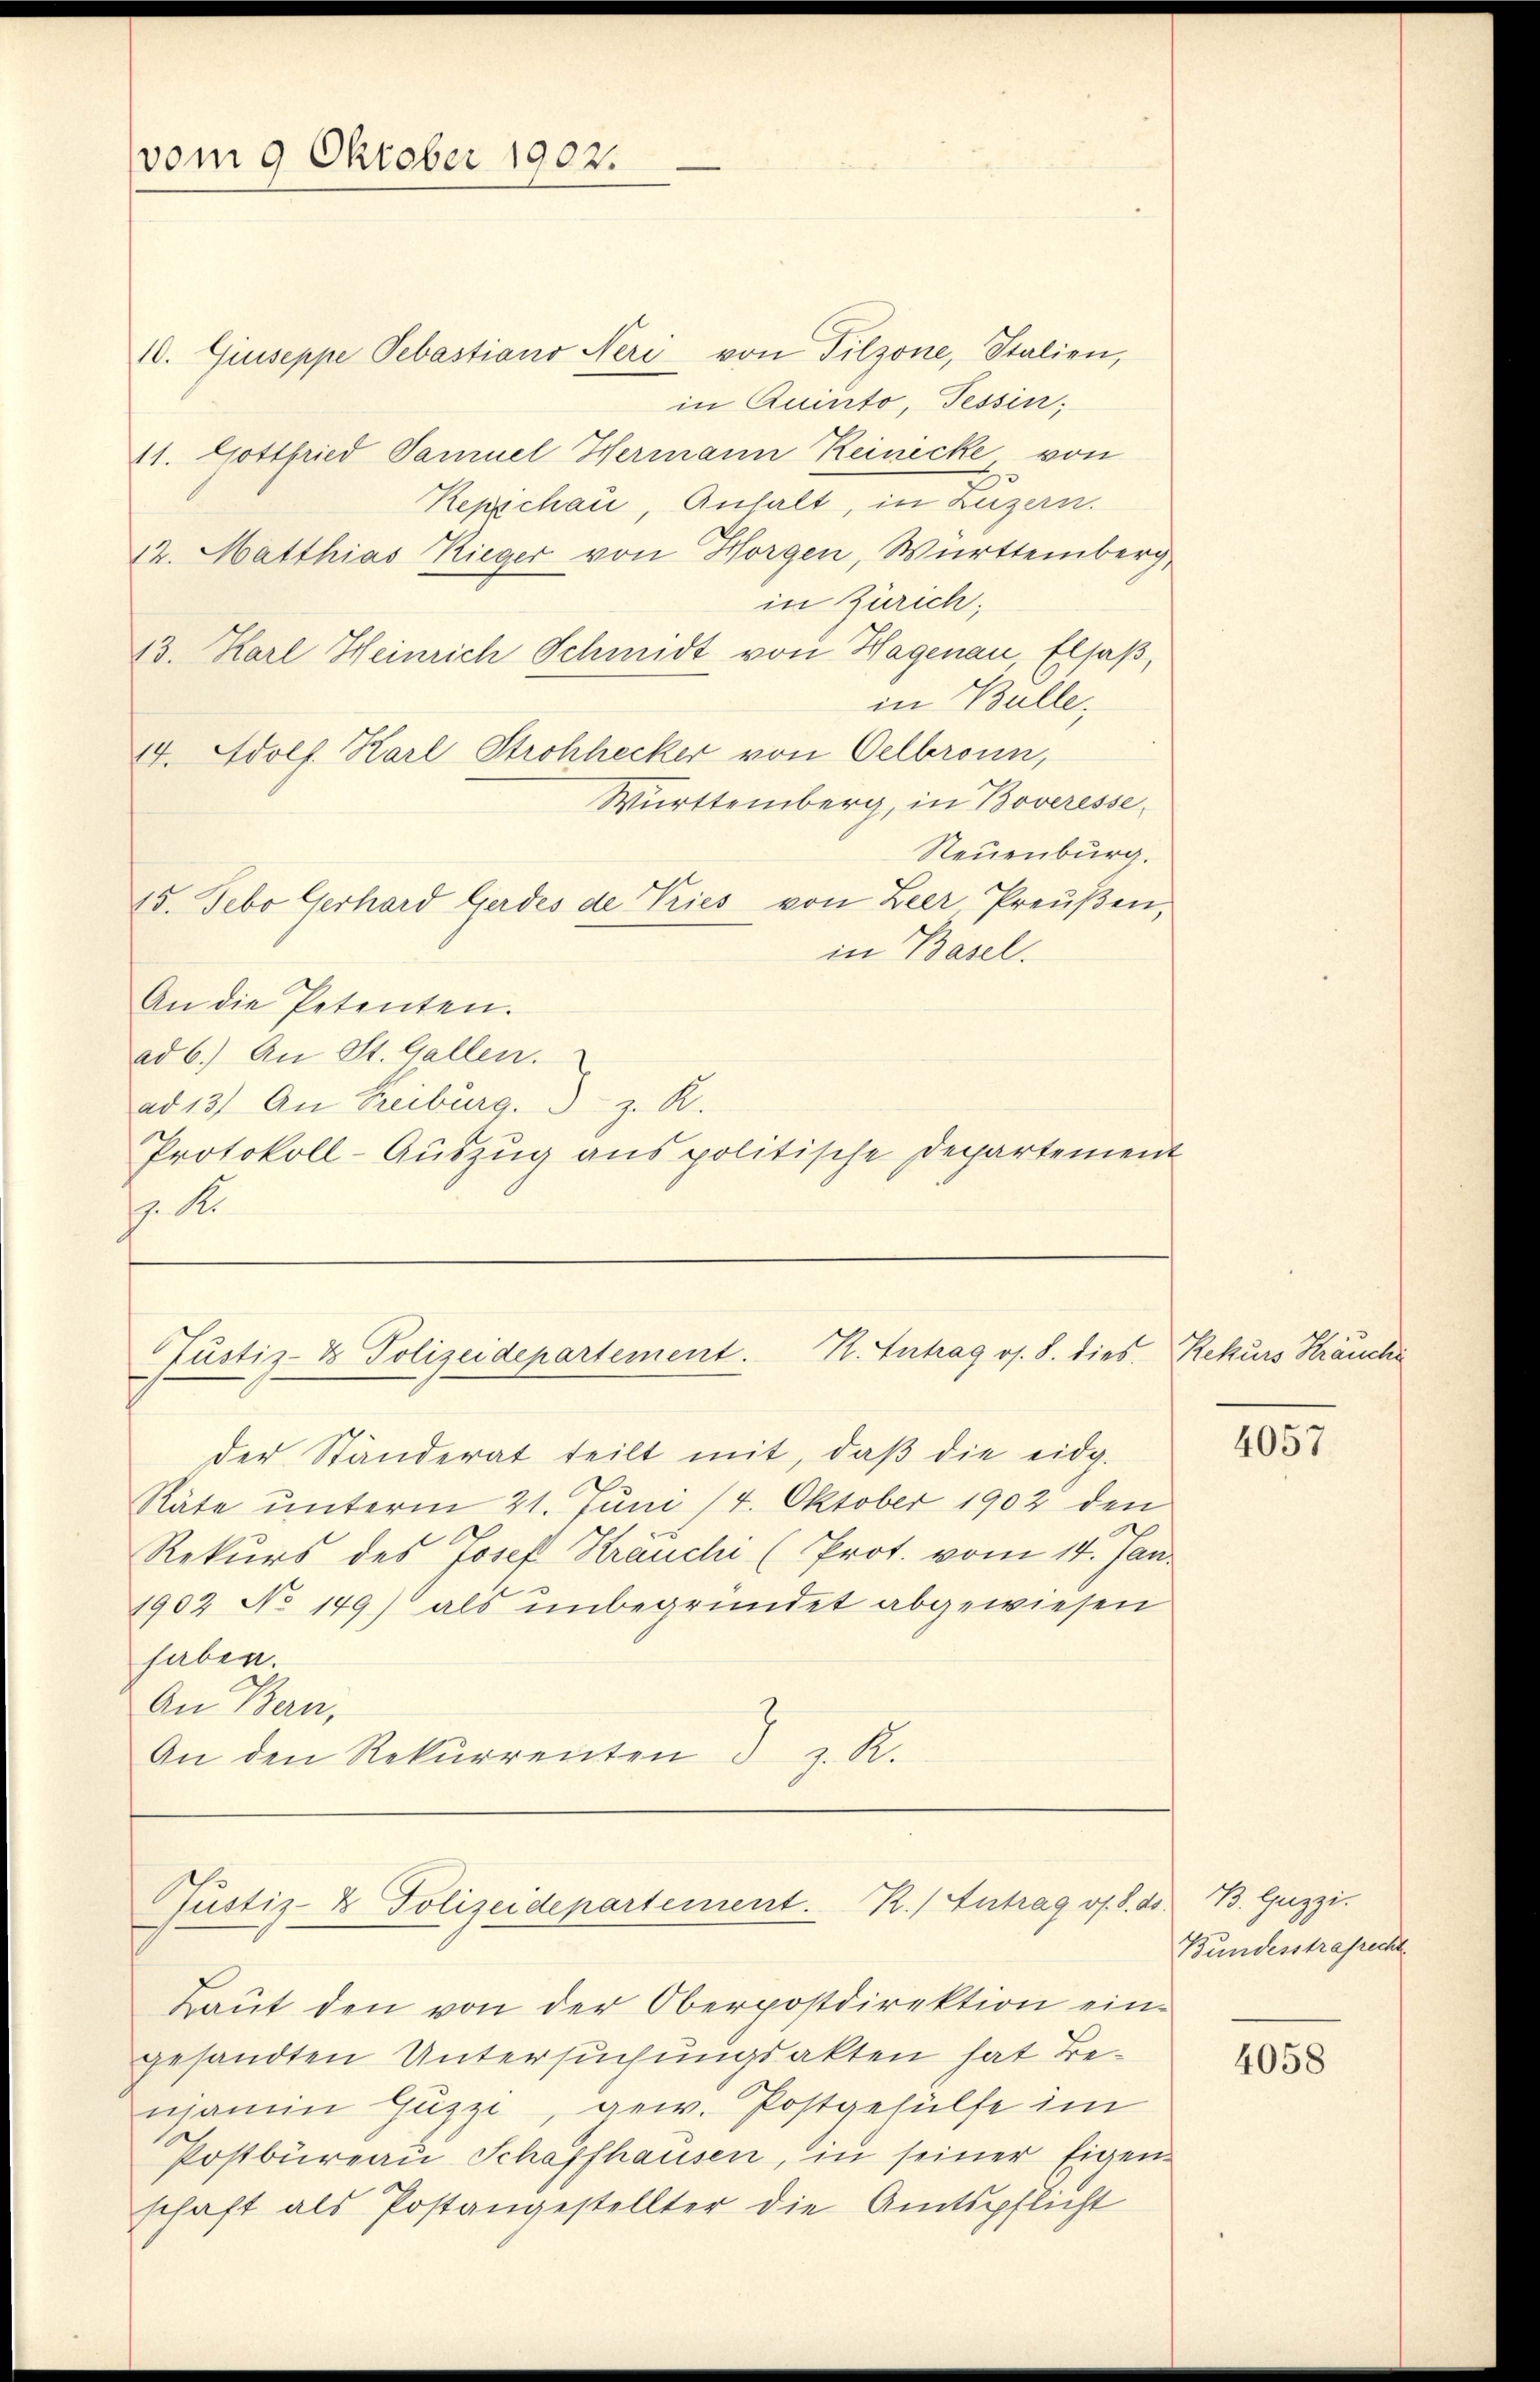
vom 9 Oktober 1902.

10. Giuseppe Pebastiano Neri von Filzone, Stalien,
in Quinto, Tessin,
41. Gottfried Samuel Hermann Reinicke von
Kepschau, Anhalt, in Luzern.
12. Matthias Rieger von Horgen, Württemberg,
in Zürich,
13. Karl Heinrich Schmidt von Hagenau, Elsaß,
in Bulle,
14. Adolf Karl Strohhecker von Oelbronn,
Württemberg, in Boveresse
Neuenburg.
15. Febo Gerhard Gerdes de Vries von Leer, Preŭβen,
in Basel.
An die Petenten.
ad 6.) An St. Gallen.
ad 13) An Freiburg. S. z. R.
Protokoll-Auszug aus politische Departement
s. S.

Justiz- & Polizeidepartement. H. Intrag os. 8. dies Rekurs Sträuche

der Ständerat teilt mit, daβ die eidg.
Räte unterm 21. Juni 14. Oktober 1902 den
Rekurs des Josef Sträuchi (Prot. vom 14. Jan.
1902 No 149) als unbegründet abgewiesen
haben.
An Bern,
An den Rekurrenten z. R.
Justiz- & Polizeidepartement. R./ Antrag v. 8. ds.
Baut den von der Oberpostdirektion eingesandten Untersuchungsakten hat Benjamin Huzzi, gew. Postgehülfe im
Postbüreaŭ Schaffhausen, in seiner Eigen-
schaft als Postangestellter die Amtspflicht

4057

B Guzzi.
Bundesstrafrecht

4058